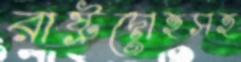
রাষ্ট্রদোহসহ